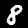
Digit: 8